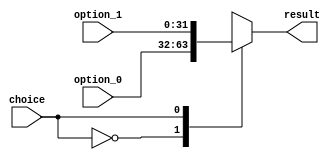
module Mux_2_to_1 #(parameter WIDTH = 32) (
           input [WIDTH - 1: 0] option_0,
           input [WIDTH - 1: 0] option_1,
           input choice ,
           output reg [WIDTH - 1: 0] result
       );

always @( * )

case (choice)
    1'b0: result = option_0;
    1'b1: result = option_1;
endcase

endmodule